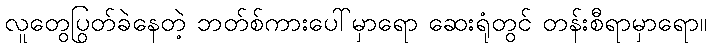
လူတွေပြွတ်ခဲနေတဲ့ ဘတ်စ်ကားပေါ်မှာရော ဆေးရုံတွင် တန်းစီရာမှာရော။